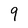
Character: 9